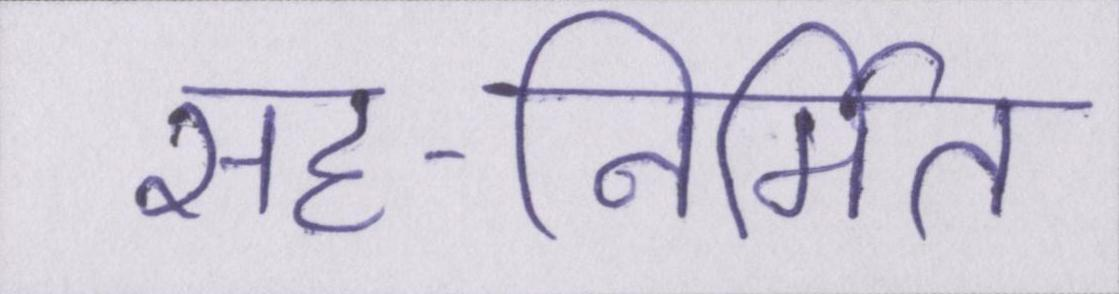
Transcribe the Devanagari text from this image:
सह-निर्मित